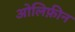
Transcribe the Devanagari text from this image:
ओलिफ़ीन